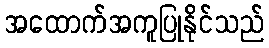
အထောက်အကူပြုနိုင်သည်